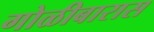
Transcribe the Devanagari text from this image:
गोळीबारास